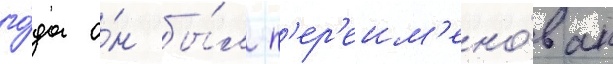
го́да о́н бы́л п'ер'еим'ено́ван